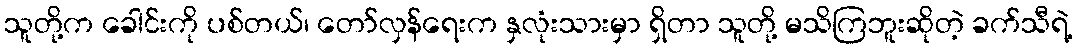
သူတို့က ခေါင်းကို ပစ်တယ်၊ တော်လှန်ရေးက နှလုံးသားမှာ ရှိတာ သူတို့ မသိကြဘူးဆိုတဲ့ ခက်သီရဲ့